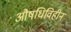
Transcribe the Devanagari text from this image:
औषधिविहीन